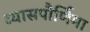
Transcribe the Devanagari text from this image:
व्यासपौर्णिमा